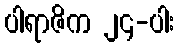
ပါရာဇိက ၂၄-ပါး